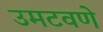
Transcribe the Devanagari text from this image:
उमटवणे